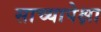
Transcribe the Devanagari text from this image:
साच्यापेक्षा